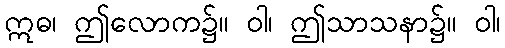
ဣဓ၊ ဤလောက၌။ ဝါ၊ ဤသာသနာ၌။ ဝါ၊